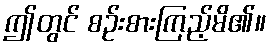
ဤတွင် စဉ်းစားကြည့်မိ၏။